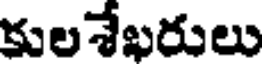
కులశేఖరులు